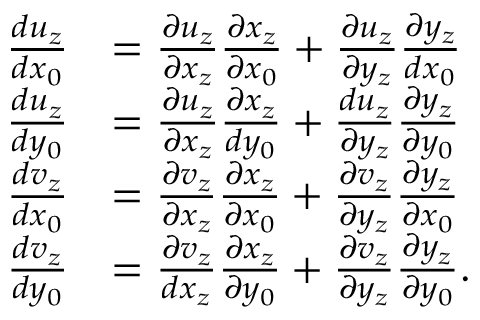
\begin{array} { r l } { \frac { d u _ { z } } { d x _ { 0 } } } & { = \frac { \partial u _ { z } } { \partial x _ { z } } \frac { \partial x _ { z } } { \partial x _ { 0 } } + \frac { \partial u _ { z } } { \partial y _ { z } } \frac { \partial y _ { z } } { d x _ { 0 } } } \\ { \frac { d u _ { z } } { d y _ { 0 } } } & { = \frac { \partial u _ { z } } { \partial x _ { z } } \frac { \partial x _ { z } } { d y _ { 0 } } + \frac { d u _ { z } } { \partial y _ { z } } \frac { \partial y _ { z } } { \partial y _ { 0 } } } \\ { \frac { d v _ { z } } { d x _ { 0 } } } & { = \frac { \partial v _ { z } } { \partial x _ { z } } \frac { \partial x _ { z } } { \partial x _ { 0 } } + \frac { \partial v _ { z } } { \partial y _ { z } } \frac { \partial y _ { z } } { \partial x _ { 0 } } } \\ { \frac { d v _ { z } } { d y _ { 0 } } } & { = \frac { \partial v _ { z } } { d x _ { z } } \frac { \partial x _ { z } } { \partial y _ { 0 } } + \frac { \partial v _ { z } } { \partial y _ { z } } \frac { \partial y _ { z } } { \partial y _ { 0 } } . } \end{array}